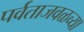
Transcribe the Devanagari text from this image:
पर्वताजवळच्या